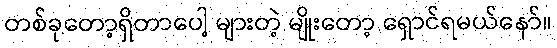
တစ်ခုတော့ရှိတာပေါ့ များတဲ့ မျိုးတော့ ရှောင်ရမယ်နော်။